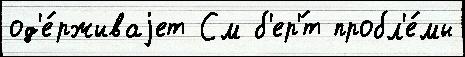
од'е́рживаjет См б'ер'́т пробл'е́мы